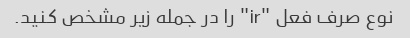
نوع صرف فعل "ir" را در جمله زیر مشخص کنید.